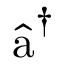
\hat { \textmd a } _ { } ^ { \dagger }